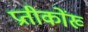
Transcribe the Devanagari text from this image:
प्रतीकोंख्‍